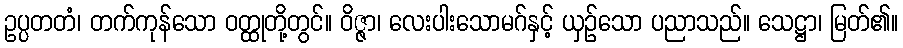
ဥပ္ပတတံ၊ တက်ကုန်သော ဝတ္ထုတို့တွင်။ ဝိဇ္ဇာ၊ လေးပါးသောမဂ်နှင့် ယှဉ်သော ပညာသည်။ သေဋ္ဌာ၊ မြတ်၏။